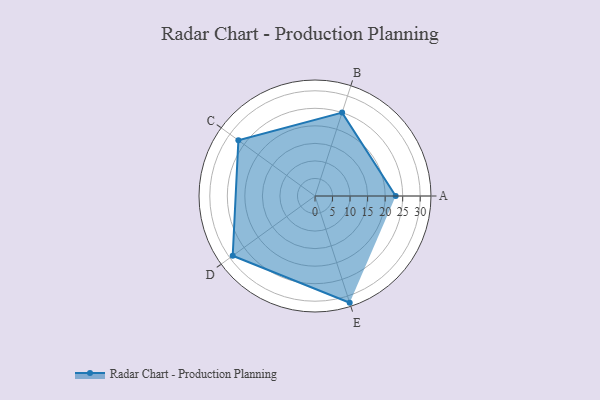
{"axis": {"x": "Skill", "y": "Score"}, "legend": ["Profile"], "data": [{"x": "A", "y": 23.0, "type": "Profile"}, {"x": "B", "y": 25.0, "type": "Profile"}, {"x": "C", "y": 27.0, "type": "Profile"}, {"x": "D", "y": 29.0, "type": "Profile"}, {"x": "E", "y": 32.0, "type": "Profile"}]}